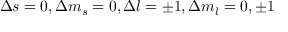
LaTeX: \Delta s = 0 , \Delta m _ { s } = 0 , \Delta l = \pm 1 , \Delta m _ { l } = 0 , \pm 1